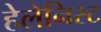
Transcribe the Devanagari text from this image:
हेलेनिस्ट